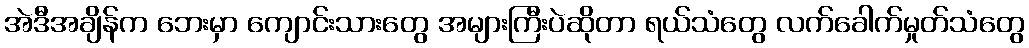
အဲဒီအချိန်က ဘေးမှာ ကျောင်းသားတွေ အများကြီးပဲဆိုတာ ရယ်သံတွေ လက်ခေါက်မှုတ်သံတွေ